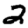
Digit: 2